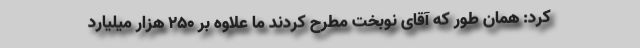
کرد: همان طور که آقای نوبخت مطرح کردند ما علاوه بر ۲۵۰ هزار میلیارد